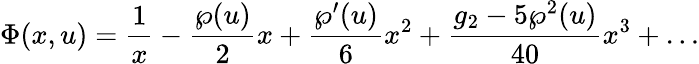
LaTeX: \Phi(x,u)={\frac{1}{x}}-{\frac{\wp(u)}{2}}x+{\frac{\wp^{\prime}(u)}{6}}x^{2}+{\frac{g_{2}-5\wp^{2}(u)}{40}}x^{3}+\ldots